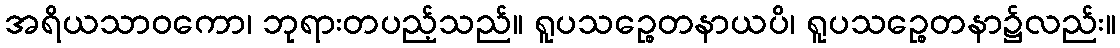
အရိယသာဝကော၊ ဘုရားတပည့်သည်။ ရူပသဉ္စေတနာယပိ၊ ရူပသဉ္စေတနာ၌လည်း။